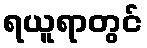
ရယူရာတွင်